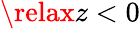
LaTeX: \relax z<0